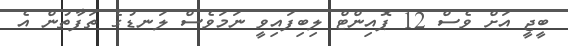
ބީޖީ އަށް ވެސް 12 ޕޮއިންޓް ލިބިފައިވީ ނަމަވެސް ލަނޑުގެ ތަފާތުން އެ